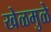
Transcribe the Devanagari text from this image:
खेळमुळे